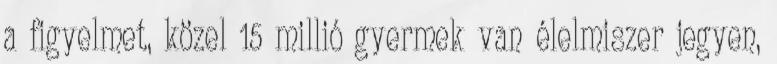
a figyelmet, közel 15 millió gyermek van élelmiszer jegyen,